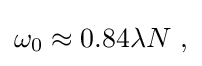
{\textstyle \omega _{0}\approx 0.84\lambda N\ ,}